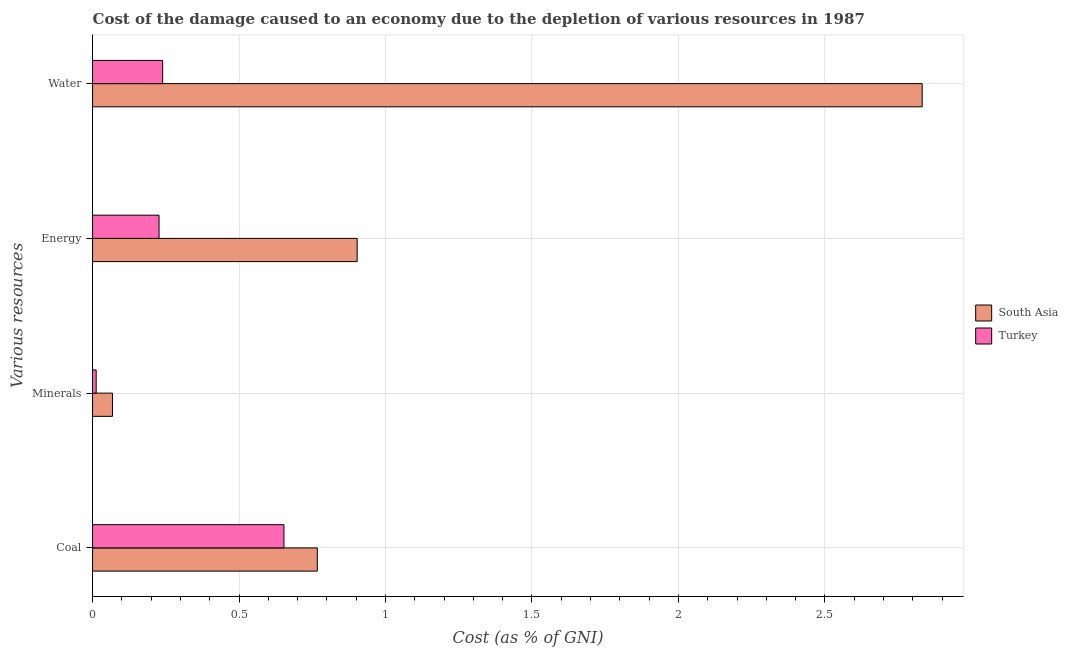
| Various resources | South Asia | Turkey |
 | --- | --- | --- |
 | Coal | 0.767 | 0.653 |
 | Minerals | 0.068 | 0.0123 |
 | Energy | 0.903 | 0.227 |
 | Water | 2.83 | 0.239 |